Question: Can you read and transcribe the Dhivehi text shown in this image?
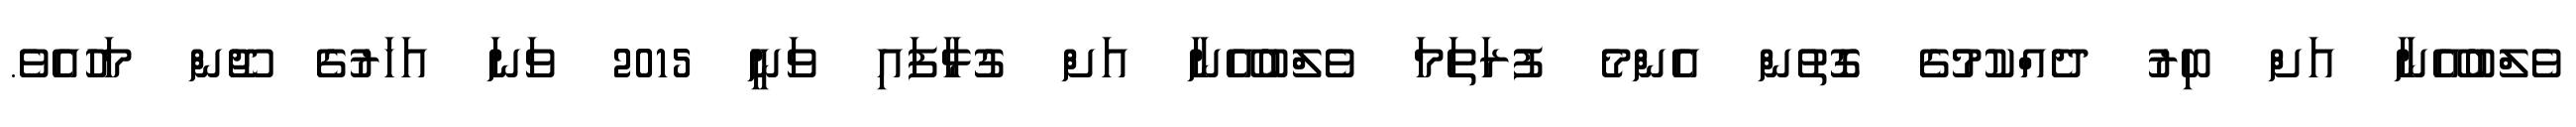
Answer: ވެލްބުއޭނާ އަށް ބިރު ދެއްކުމުގެ ގޮތުން އެންމެ ފުރަތަމަ ވެލްބުއޭނާ އަށް ގުޅާފައި ވަނީ 2015 ވަނަ އަހަރުގެ ޖޫން މަހުއެވެ.